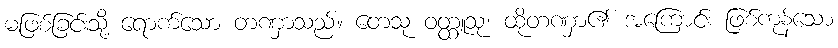
မဖြစ်ခြင်းသို့ ရောက်သော တဏှာသည်။ တေသု ဝတ္ထူသု၊ ထိုတဏှာ၏ အကြောင်း ဖြစ်ကုန်သော